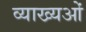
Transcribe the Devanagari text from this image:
व्याख्यओं